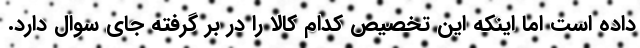
داده است اما اینکه این تخصیص کدام کالا را در بر گرفته جای سوال دارد.